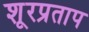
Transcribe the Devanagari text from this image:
शूरप्रताप